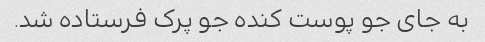
به جاى جو پوست کنده جو پرک فرستاده شد.